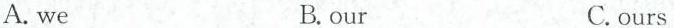
A. we B.our C. ours